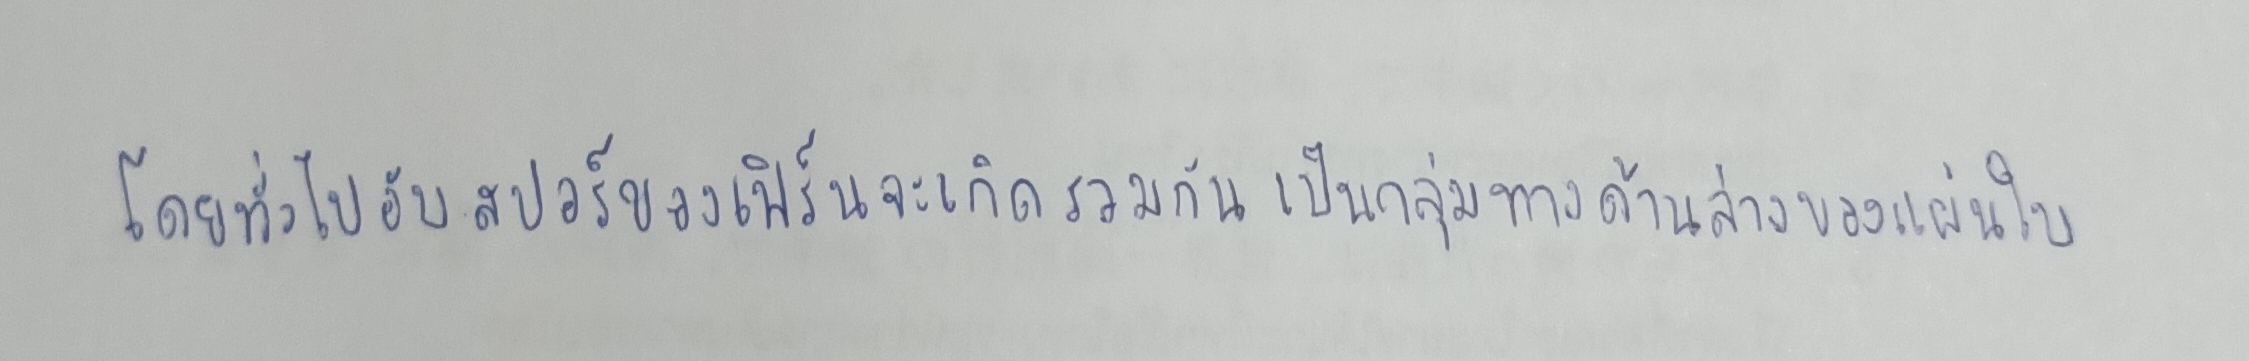
โดยทั่วไปอับสปอร์ของเฟิร์นจะเกิดรวมกันเป็นกลุ่มทางด้านล่างของแผ่นใบ